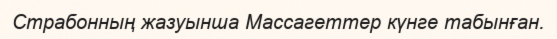
Страбонның жазуынша Массагеттер күнге табынған.